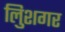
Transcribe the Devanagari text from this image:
लुिशगर